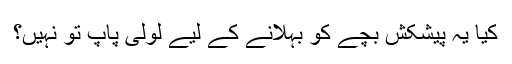
کیا یہ پیشکش بچے کو بہلانے کے لیے لولی پاپ تو نہیں؟